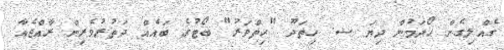
ގެއްލިގެން ހޯދަމުން ދިޔަ ސ. ހިތަދޫ "ހިތްވަރު" ބޯޓުގެ ބައެއް ދަތުރުވެރިން ރާއްޖެއާ